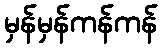
မှန်မှန်ကန်ကန်